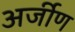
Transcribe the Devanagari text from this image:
अर्जीण